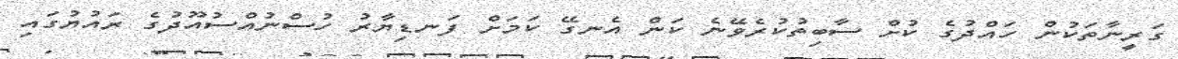
ގަރީނާތަކުން ހައްދުގެ ކުށް ސާބިތުކުރެވޭނެ ކަން އެނގޭ ކަމަށް ފަނޑިޔާރު ހުސްނުއްސުއޫދުގެ ރައުޔުގައި